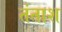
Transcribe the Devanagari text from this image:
तंताश